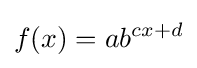
f(x)=ab^{cx+d}